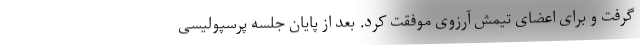
گرفت و برای اعضای تیمش آرزوی موفقت کرد. بعد از پایان جلسه پرسپولیسی